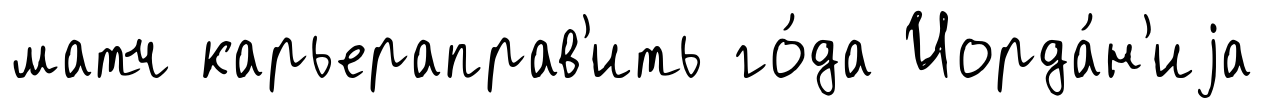
матч карьераправ'ить го́да Иорда́н'иjа